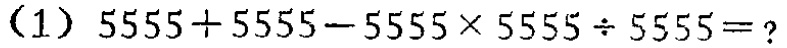
(1) \(5555 + 5555 - 5555\times5555\div5555=\)？